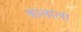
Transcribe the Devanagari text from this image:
बालाला